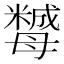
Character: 𣫿